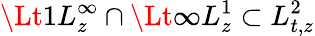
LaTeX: \Lt 1L_{z}^{\infty}\cap\Lt\infty L_{z}^{1}\subset L_{t,z}^{2}